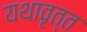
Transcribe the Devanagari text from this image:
यथावृत्त